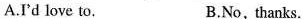
A.I'd love to. B.No, thanks.